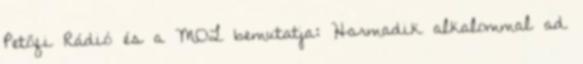
Petőfi Rádió és a MOL bemutatja: Harmadik alkalommal ad